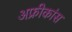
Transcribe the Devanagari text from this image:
अफ्रीकांस